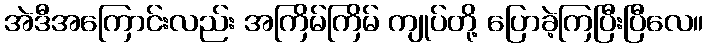
အဲဒီအကြောင်းလည်း အကြိမ်ကြိမ် ကျုပ်တို့ ပြောခဲ့ကြပြီးပြီလေ။